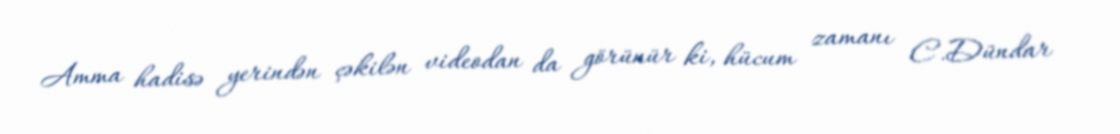
Amma hadisə yerindən çəkilən videodan da görünür ki, hücum zamanı C.Dündar